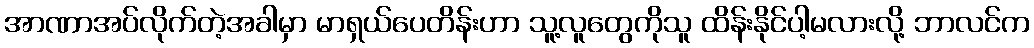
အာဏာအပ်လိုက်တဲ့အခါမှာ မာရှယ်ပေတိန်းဟာ သူ့လူတွေကိုသူ ထိန်းနိုင်ပါ့မလားလို့ ဘာလင်က